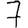
Digit: 7